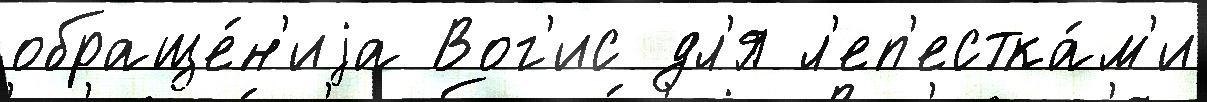
обраще́н'иjа Вог'ис дл'я л'еп'естка́м'и